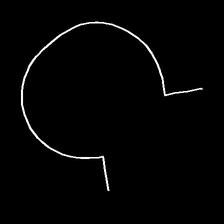
Glyph: weave